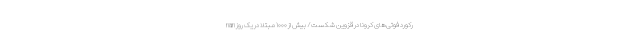
nan رکورد فوتی‌های کرونا در قزوین شکست/ بیش از ۱۰۰۰ مبتلا در یک روز